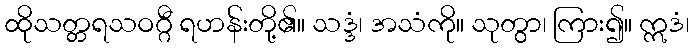
ထိုသတ္တရသဝဂ္ဂီ ရဟန်းတို့၏။ သဒ္ဒံ၊ အသံကို။ သုတွာ၊ ကြား၍။ ဣဒံ၊